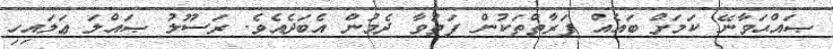
ޞައްޙަވާނޭ ކަމަށް ބައެއް ފަރާތްތަކުން ފަތުވާ ދެމުން އެބަދެއެވެ. ރަސޫލު ޞައްލަ ޢަލައިހި